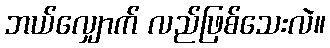
ဘယ်လျှောက် လည်ဖြစ်သေးလဲ။